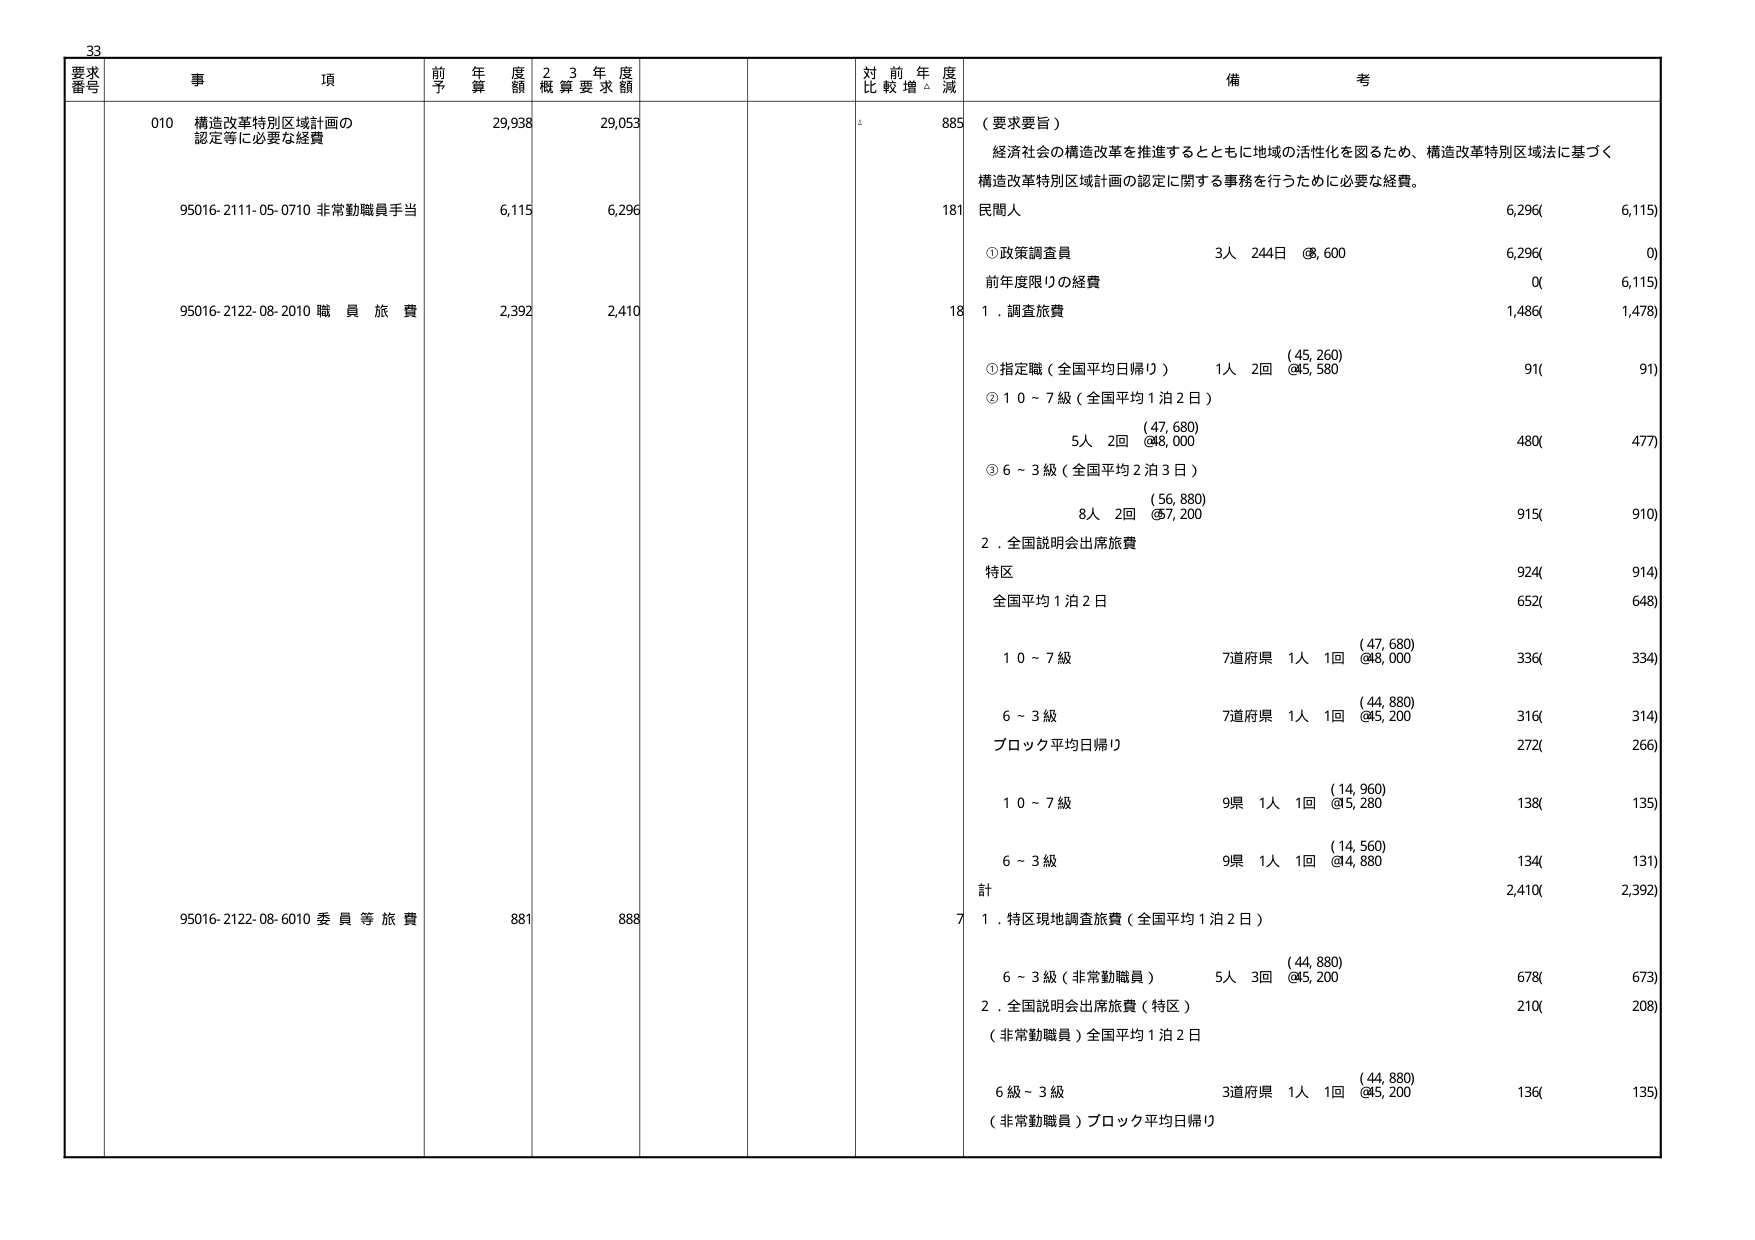
33
要求番号 事項 前年度予算額 2・3年度概算要求額 対前年度比較増減 備考
010 構造改革特別区域計画の認定等に必要な経費 29,938 29,053 885 （要求要旨）
経済社会の構造改革を推進するとともに地域の活性化を図るため、構造改革特別区域法に基づく構造改革特別区域計画の認定に関する事務を行うために必要な経費。
95016-2111-05-0710 非常勤職員手当 6,115 6,296 181 民間人 6,296( 6,115)
①政策調査員 3人 244日 @8,600 6,296( 0)
前年度限りの経費 0( 6,115)
95016-2122-08-2010 職員旅費 2,392 2,410 18 1．調査旅費 1,486( 1,478)
①指定職（全国平均日帰り） 1人 2回 (45,260) @45,580 91( 91)
②10～7級（全国平均1泊2日）
(47,680)
5人 2回 @48,000 480( 477)
③6～3級（全国平均2泊3日）
(56,880)
8人 2回 @57,200 915( 910)
2．全国説明会出席旅費
特区 924( 914)
全国平均1泊2日 652( 648)
10～7級 7道府県 1人 1回 (47,680) @48,000 336( 334)
6～3級 7道府県 1人 1回 (44,880) @45,200 316( 314)
ブロック平均日帰り 272( 266)
10～7級 9県 1人 1回 (14,960) @15,280 138( 135)
6～3級 9県 1人 1回 (14,560) @14,880 134( 131)
計 2,410( 2,392)
95016-2122-08-6010 委員等旅費 881 888 7 1．特区現地調査旅費（全国平均1泊2日）
6～3級（非常勤職員） 5人 3回 (44,880) @45,200 678( 673)
2．全国説明会出席旅費（特区）
（非常勤職員）全国平均1泊2日 210( 208)
6級～3級 3道府県 1人 1回 (44,880) @45,200 136( 135)
（非常勤職員）ブロック平均日帰り